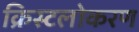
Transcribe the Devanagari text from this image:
क्रिस्टलोकरण